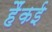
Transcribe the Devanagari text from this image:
हैंकई